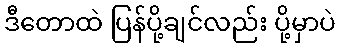
ဒီတောထဲ ပြန်ပို့ချင်လည်း ပို့မှာပဲ